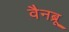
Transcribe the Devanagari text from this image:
वैनब्रू